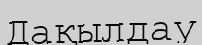
Дақылдау